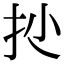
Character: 𢪍